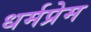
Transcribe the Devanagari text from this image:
धर्मप्रेम